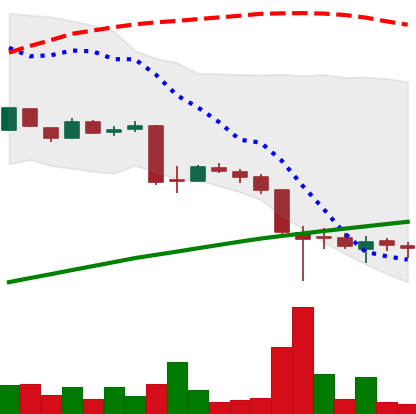
Ticker: LTC-USD
Chart end date: 2015-08-30
Forward return: -5.171%
Label: down_5_7